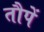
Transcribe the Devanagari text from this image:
तौपें